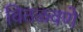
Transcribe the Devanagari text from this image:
वितळवणे